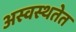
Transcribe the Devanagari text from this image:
अस्वस्थतेत